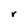
Character: r